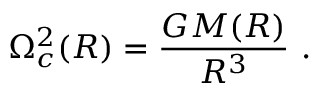
\Omega _ { c } ^ { 2 } ( R ) = \frac { G M ( R ) } { R ^ { 3 } } \ .